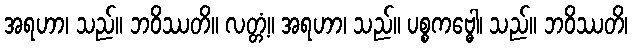
အရဟာ၊ သည်။ ဘဝိဿတိ။ လတ္တံ့။ အရဟာ၊ သည်။ ပစ္စကဗ္ဓေါ၊ သည်။ ဘဝိဿတိ၊